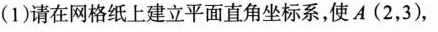
(1)请在网格纸上建立平面直角坐标系，使A(2，3)，